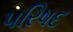
૫રિષદ